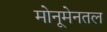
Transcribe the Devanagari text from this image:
मोनूमेनतल